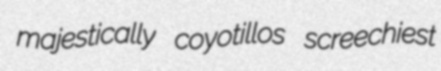
majestically coyotillos screechiest